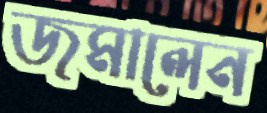
জমালেন